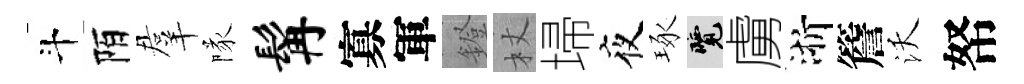
斗陌羣隊髯寡軍鐙杖埽夜琢覽虜浙簷沃帑